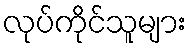
လုပ်ကိုင်သူများ